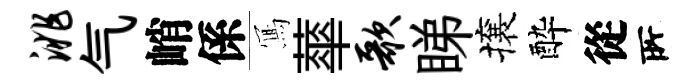
洮气峭係𭂁蕐歌睇攘酔從𠩄